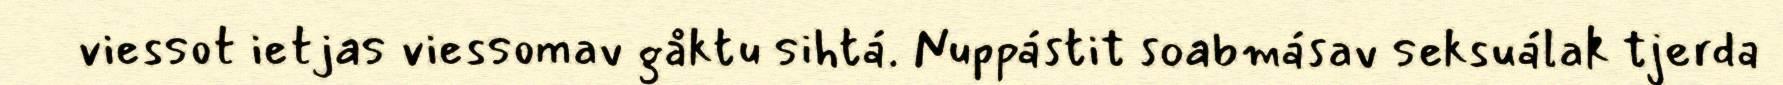
viessot ietjas viessomav gåktu sihtá. Nuppástit soabmásav seksuálak tjerda